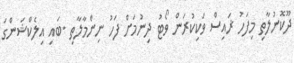
ދޫކޮނުލާތި މިފަހު ޜައިސް ވަކިކުރަން ވޯޓު ދިނުމަށް ފަހު ނިންމާލާތި .ބައި އިލެކްޝަންގަ